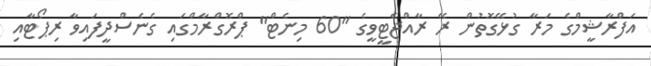
އަފްރާޝީމްގެ މަރާ ގުޅޭގޮތުން ރޭ ރާއްޖެޓީވީގެ "60 މިނެޓް" ޕްރޮގްރާމްގައި ގެނެސްދީފައިވާ ރިޕޯޓާއި